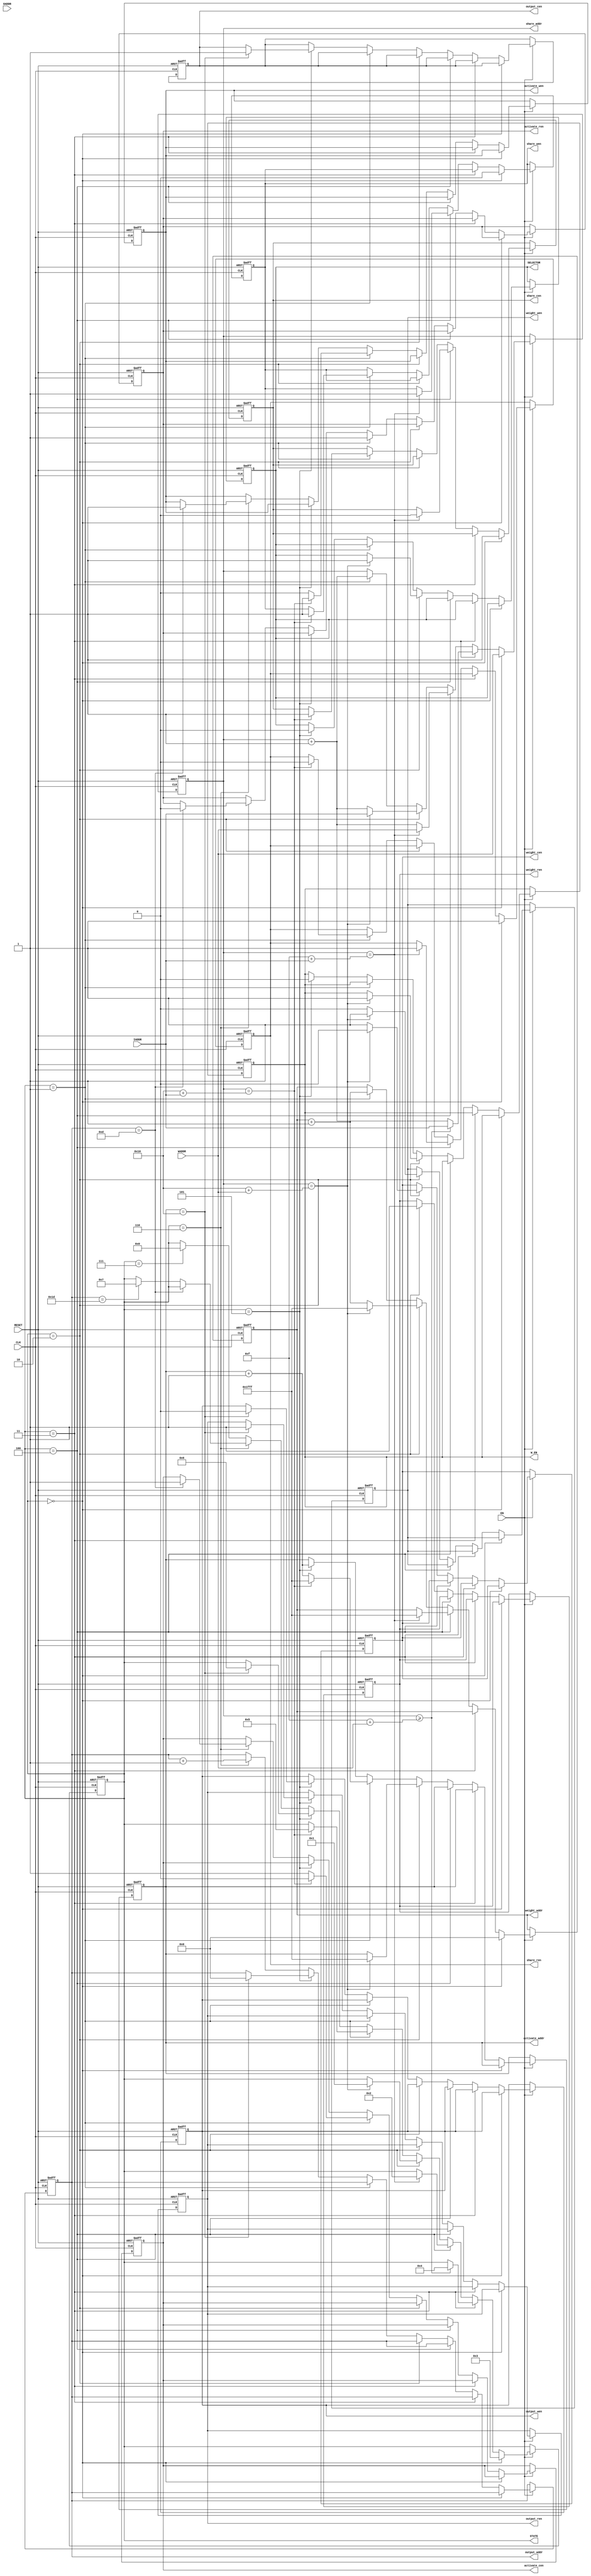
module controller(
    input wire CLK,                         
    input wire RESET,                      
    input wire EN,                          

    output reg [5:0] STATE,               
    
    output reg W_EN,
    output reg SELECTOR,

    input wire [12:0] IADDR,                
    input wire [12:0] WADDR,                
    input wire [12:0] OADDR,                
    //share buffer
    output reg share_wen,
    output reg share_ren,
    output reg share_cen,
    output reg [12:0] share_addr,
    // weight buffer
    output reg weight_wen,
    output reg weight_ren,
    output reg weight_cen,
    output reg [12:0] weight_addr,
    // activate buffer
    output reg activate_wen,
    output reg activate_ren,
    output reg activate_cen,
    output reg [12:0] activate_addr,
    // output buffer
    output reg output_wen,
    output reg output_ren,
    output reg output_cen,
    output reg [12:0] output_addr
    );
parameter IDLE = 6'd0;      
parameter INPUTA = 6'd1;    // activationshared bufferinput buffer
parameter INPUTW = 6'd2;    // weightshared bufferweight buffer
parameter INPUTSW = 6'd3;
parameter INPUTSA = 6'd4;
parameter CALCULATE = 6'd5;
parameter OUTPUT = 6'd6;
parameter RETURN = 6'd7;

always @(posedge CLK or negedge RESET) begin
    if(~RESET) begin
        STATE <= IDLE;
        W_EN <= 0;
        SELECTOR <=0;

        share_wen <= 1;
        share_ren <= 0;
        share_cen <= 1;
        share_addr <= 0;
        // weight buffer
        weight_wen <= 1;
        weight_ren <= 0;
        weight_cen <= 1;
        weight_addr <= 0;
        // activate buffer
        activate_wen <= 1;
        activate_ren <= 0;
        activate_cen <= 1;
        activate_addr <= 0;
        // output buffer
        output_wen <= 1;
        output_ren <= 0;
        output_cen <= 1;
        output_addr <= 0;
    end else if (EN) begin
        if (STATE == IDLE) begin
            STATE <= INPUTSW;
            share_wen <= 0;
            share_ren <= 1;
            share_cen <= 1;
            weight_addr <= 0;
            share_addr <= WADDR;
        end
        else if(STATE == INPUTSW)begin
            //weightshare buffer
            share_addr <= share_addr + 1;
            if(share_addr >= 15 + WADDR)begin
                STATE <= INPUTSA;
                share_addr <= IADDR;
            end
        end
        else if(STATE == INPUTSA)begin
            //activateshare buffer
            share_addr <= share_addr + 1;
            if(share_addr == 15 + IADDR)begin
                STATE <= INPUTW;
                //share buffer
                share_wen <= 1;
                share_ren <= 1;
                share_cen <= 0;
                share_addr <= WADDR;
                weight_addr <= -1;
            end
        end
        else if (STATE == INPUTW)begin
            //weightshare bufferweight buffer
            weight_wen <= 0;
            weight_ren <= 1;
            weight_cen <= 1;
            share_addr <= share_addr + 1;
            weight_addr <= weight_addr + 1;
            if(share_addr == 16 + WADDR)begin
                STATE <= INPUTA;
                share_addr <= IADDR;
                //weight buffer
                weight_wen <= 1;
                weight_ren <= 1;
                weight_cen <= 0;
                weight_addr <= -1;
                activate_addr <= -1;
                //PEweightPE
                SELECTOR = 1;
                W_EN = 1;
            end
        end
        else if (STATE == INPUTA)begin
            //activateshare bufferactivate buffer
            activate_wen <= 0;
            activate_ren <= 1;
            activate_cen <= 1;
            share_addr <= share_addr + 1;
            activate_addr <= activate_addr + 1;
            weight_addr <= weight_addr + 1;//weight
            if(share_addr == 16 + IADDR)begin
                STATE <= CALCULATE;
                //share buffer
                share_wen <= 1;
                share_ren <= 0;
                share_cen <= 1;
                //activate buffer
                activate_wen <= 1;
                activate_ren <= 1;
                activate_cen <= 0;
                activate_addr <= -1;
                
            end
        end
        else if (STATE == CALCULATE)begin
            //weight
            W_EN = 0;
            SELECTOR = 0;

            activate_addr <= activate_addr + 1;
            if(activate_addr == 16)begin
                STATE <= OUTPUT;
                //activate buffer
                //activate_wen <= 1;
                //activate_ren <= 0;
                //activate_cen <= 1;
                //output buffer
                output_addr <= 0;
                output_wen <= 0;
                output_ren <= 1;
                output_cen <= 1;
            end
        end
        else if (STATE == OUTPUT)begin
            output_addr <= output_addr + 1;
            if(output_addr == 13) begin
                //activate buffer
                activate_wen <= 1;
                activate_ren <= 0;
                activate_cen <= 1;
            end
            else if(output_addr == 29)begin
                STATE <= RETURN;
            end
        end
        else if (STATE == RETURN)begin
            STATE <= IDLE;
        end
    end

end

endmodule